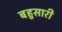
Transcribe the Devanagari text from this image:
बहुसारी